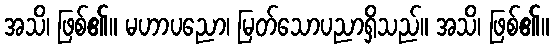
အသိ၊ ဖြစ်၏။ မဟာပညော၊ မြတ်သောပညာရှိသည်။ အသိ၊ ဖြစ်၏။